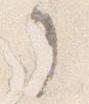
了